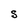
Character: S